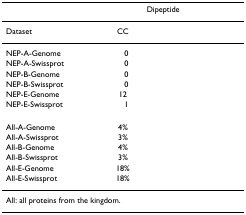
<table><thead><tr><td>[EMPTY_CELL]</td><td colspan="2"><b>Dipeptide</b></td></tr></thead><tbody><tr><td>Dataset</td><td>CC</td><td>[EMPTY_CELL]</td></tr><tr><td>NEP-A-Genome</td><td>0</td><td>[EMPTY_CELL]</td></tr><tr><td>NEP-A-Swissprot</td><td>0</td><td>[EMPTY_CELL]</td></tr><tr><td>NEP-B-Genome</td><td>0</td><td>[EMPTY_CELL]</td></tr><tr><td>NEP-B-Swissprot</td><td>0</td><td>[EMPTY_CELL]</td></tr><tr><td>NEP-E-Genome</td><td>12</td><td>[EMPTY_CELL]</td></tr><tr><td>NEP-E-Swissprot</td><td>1</td><td>[EMPTY_CELL]</td></tr><tr><td>All-A-Genome</td><td>4%</td><td>[EMPTY_CELL]</td></tr><tr><td>All-A-Swissprot</td><td>3%</td><td>[EMPTY_CELL]</td></tr><tr><td>All-B-Genome</td><td>4%</td><td>[EMPTY_CELL]</td></tr><tr><td>All-B-Swissprot</td><td>3%</td><td>[EMPTY_CELL]</td></tr><tr><td>All-E-Genome</td><td>18%</td><td>[EMPTY_CELL]</td></tr><tr><td>All-E-Swissprot</td><td>18%</td><td>[EMPTY_CELL]</td></tr><tr><td colspan="3">All: all proteins from the kingdom.</td></tr></tbody></table>